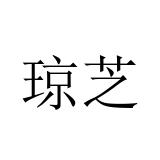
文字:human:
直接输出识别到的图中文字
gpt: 琼芝